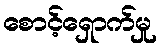
စောင့်ရှောက်မှု